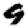
Digit: 9